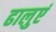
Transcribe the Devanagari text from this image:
ढालुएं